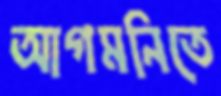
আগমনিতে